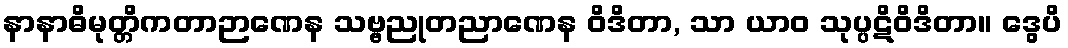
နာနာဓိမုတ္တိကတာဉာဏေန သဗ္ဗညုတညာဏေန ဝိဒိတာ, သာ ယာဝ သုပ္ပဋိဝိဒိတာ။ ဒွေပိ